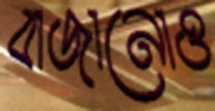
বাজানোও